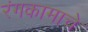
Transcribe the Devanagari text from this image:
रंगकामाचे